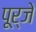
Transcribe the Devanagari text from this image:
पूर्जे